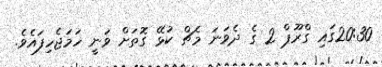
20:30ގައި ގްރޫޕް 2 ގެ ދެވަނަ މެޗް ކުޅޭ ގޮތަށް ވަނީ ހަމަޖެހިފައެވެ.